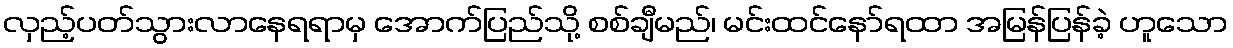
လှည့်ပတ်သွားလာနေရရာမှ အောက်ပြည်သို့ စစ်ချီမည်၊ မင်းထင်နော်ရထာ အမြန်ပြန်ခဲ့ ဟူသော